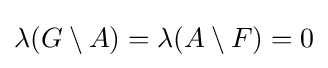
{\textstyle \lambda (G\setminus A)=\lambda (A\setminus F)=0}